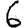
Digit: 6